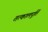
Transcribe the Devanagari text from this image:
तत्कालपूर्ति